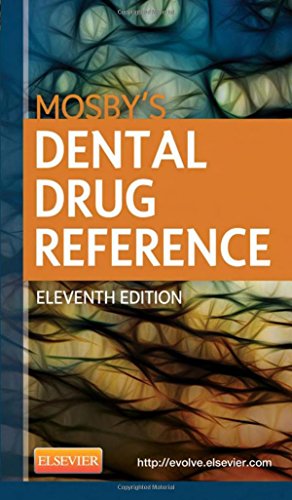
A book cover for Mosby's Dental Drug Reference, 11e; Arthur H. Jeske DMD  PhD; Medical Books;